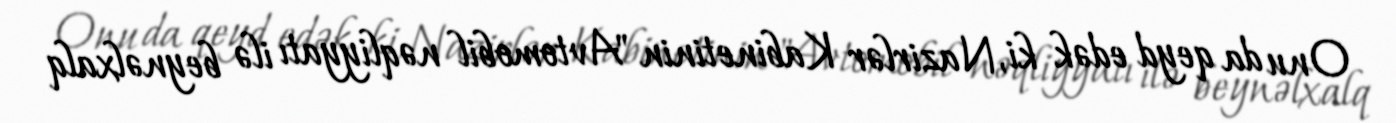
Onu da qeyd edək ki, Nazirlər Kabinetinin "Avtomobil nəqliyyatı ilə beynəlxalq